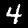
Digit: 4